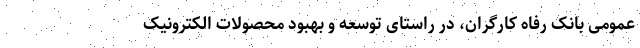
عمومی بانک رفاه کارگران، در راستای توسعه و بهبود محصولات الکترونیک